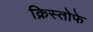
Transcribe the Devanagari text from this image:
क्रिस्तोफे